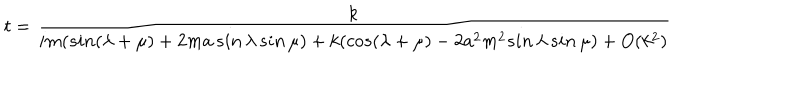
t = \frac { k } { i m ( s i n ( \lambda + \mu ) + 2 m a \, s i n \, \lambda \, s i n \, \mu ) + k ( c o s ( \lambda + \mu ) - 2 a ^ { 2 } m ^ { 2 } s i n \, \lambda \, s i n \, \mu ) + O ( k ^ { 2 } ) }